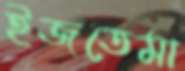
ইজতেমা